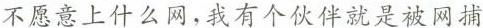
不愿意上什么网，我有个伙伴就是被网捕